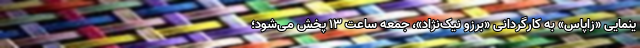
ینمایی «زاپاس» به کارگردانی «برزو نیک‌نژاد»، جمعه ساعت ۱۳ پخش می‌شود؛